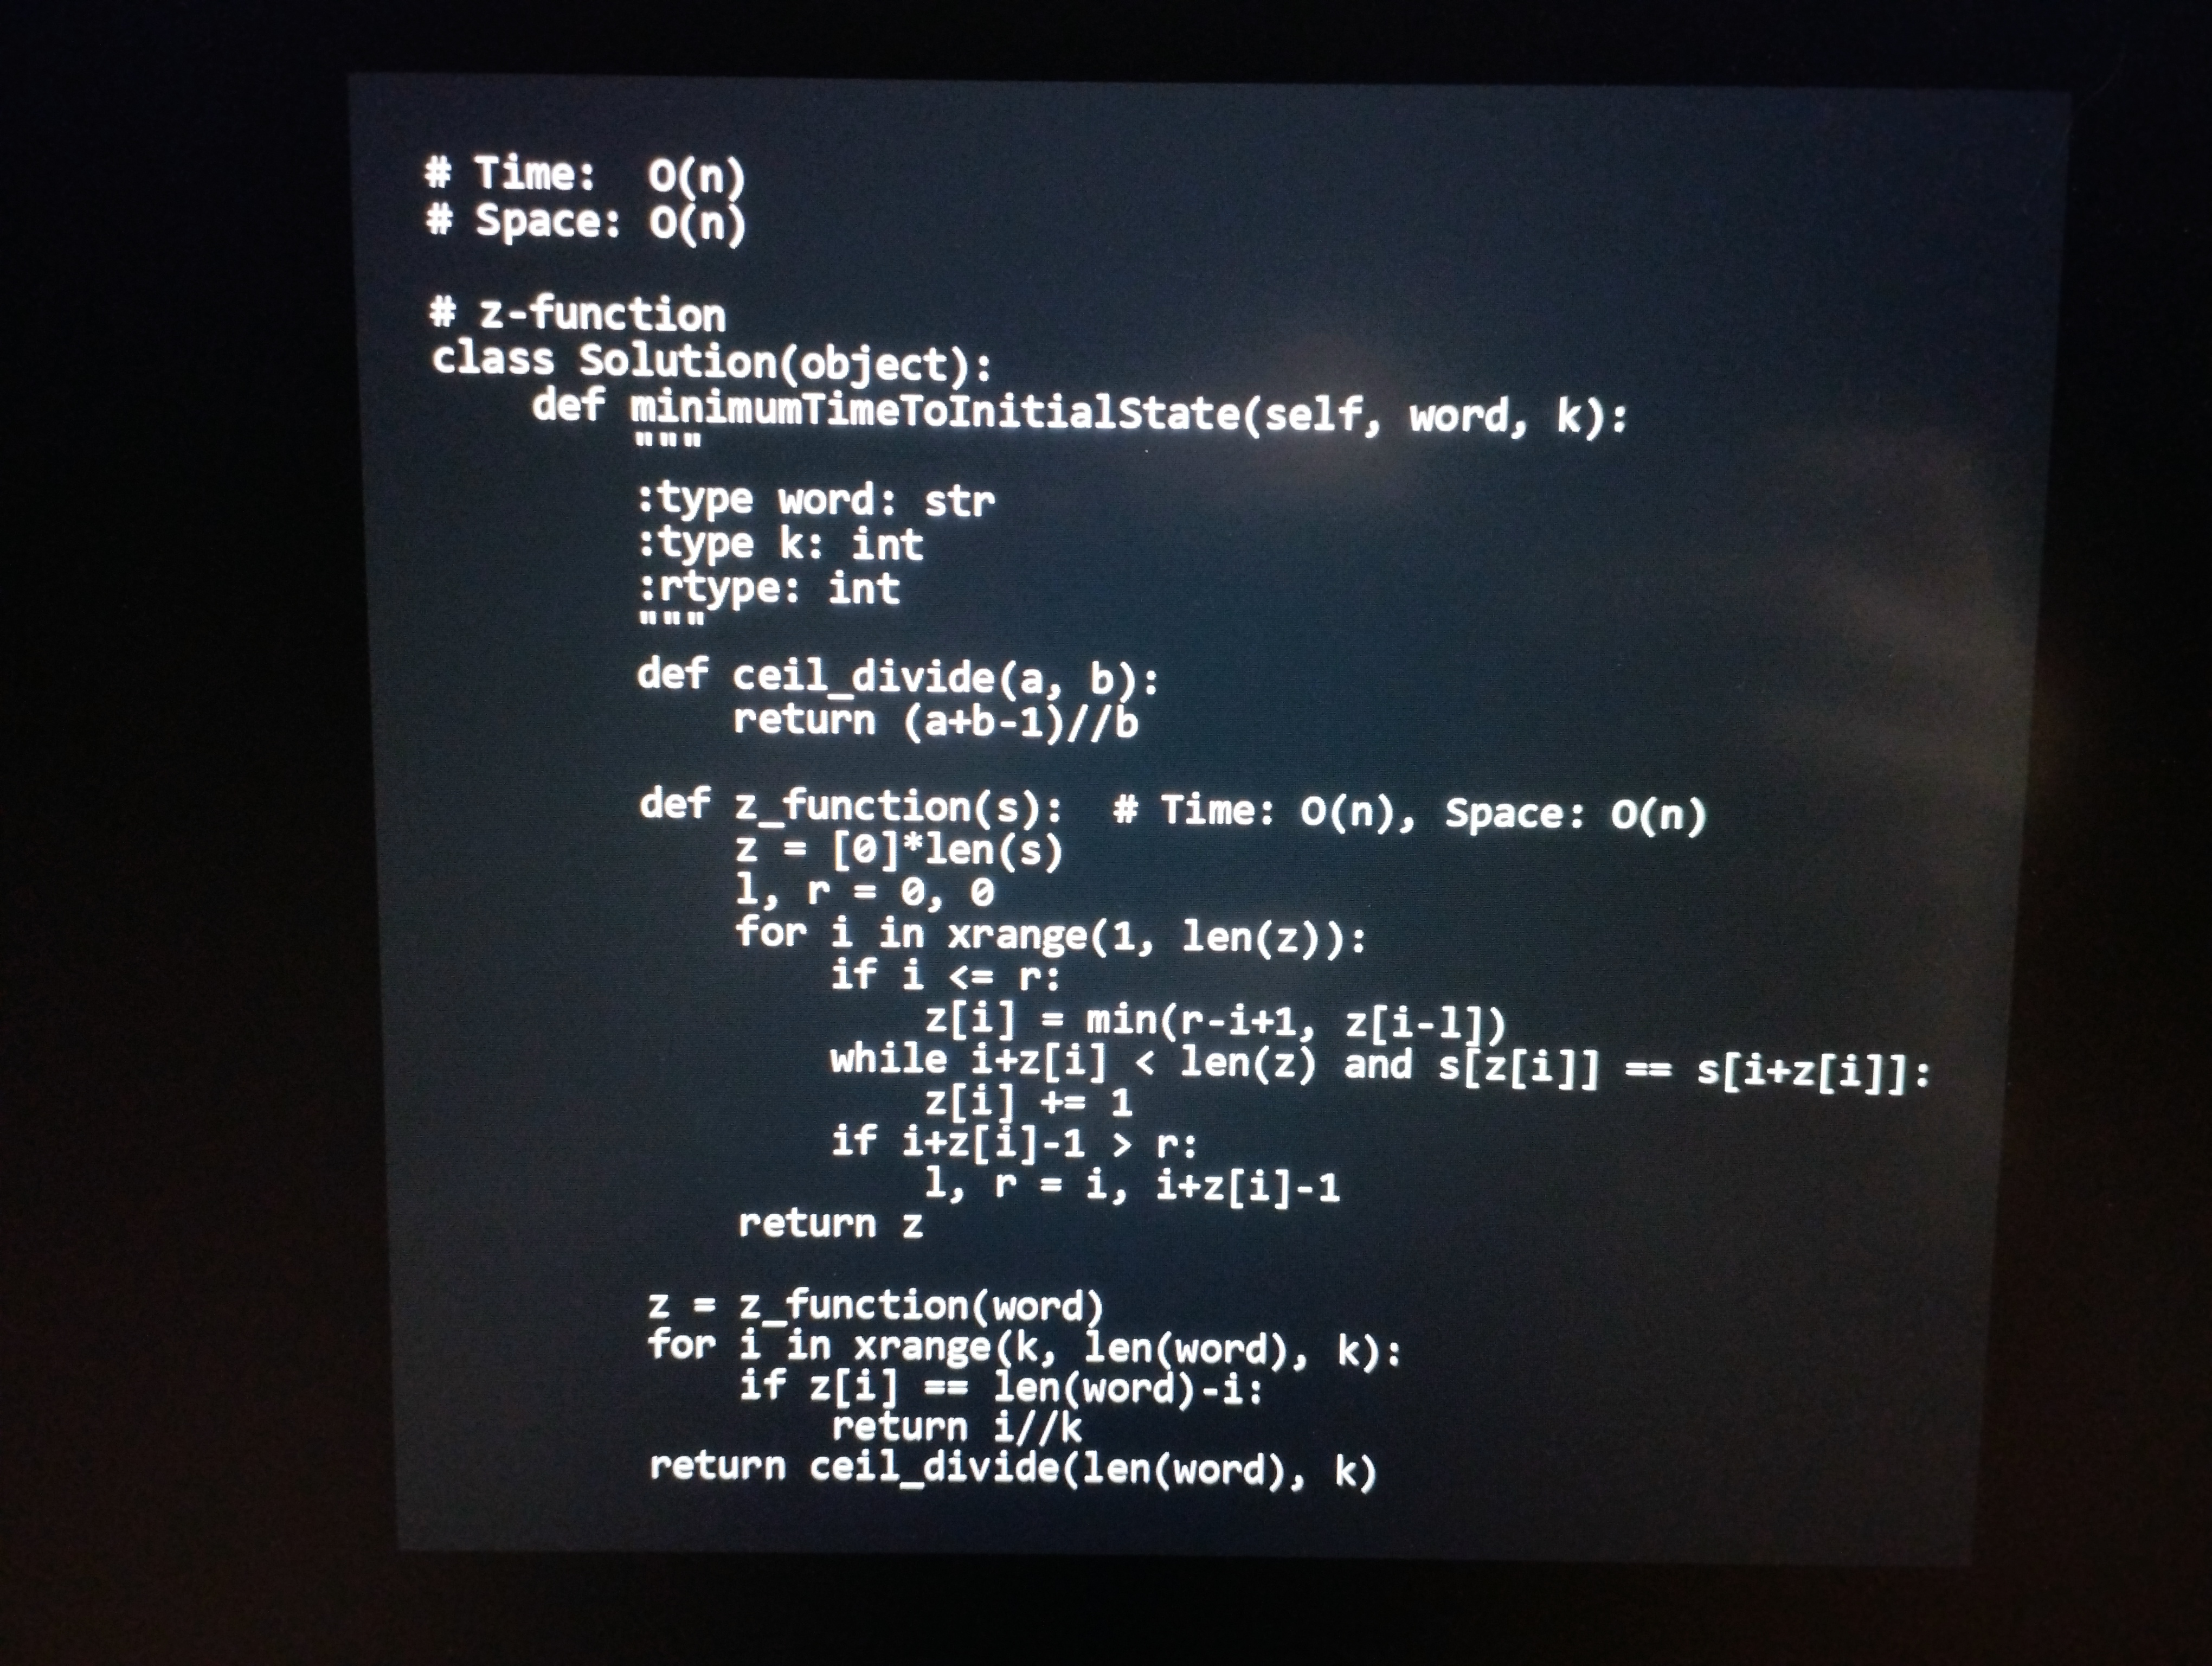
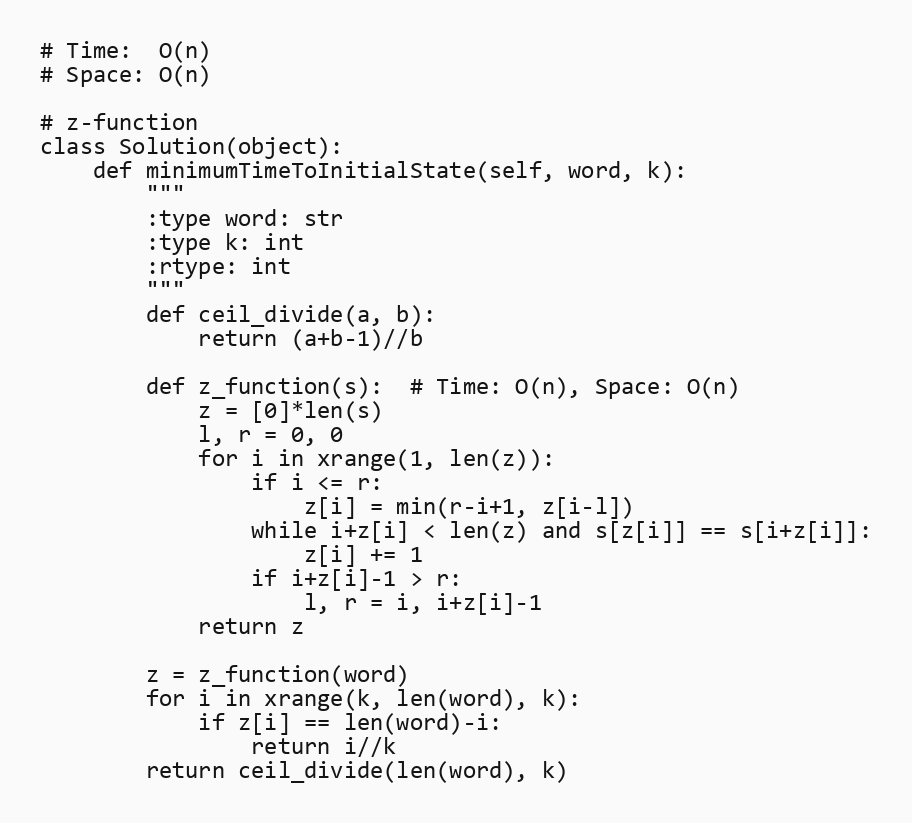
# Time:  O(n)
# Space: O(n)

# z-function
class Solution(object):
    def minimumTimeToInitialState(self, word, k):
        """
        :type word: str
        :type k: int
        :rtype: int
        """
        def ceil_divide(a, b):
            return (a+b-1)//b

        def z_function(s):  # Time: O(n), Space: O(n)
            z = [0]*len(s)
            l, r = 0, 0
            for i in xrange(1, len(z)):
                if i <= r:
                    z[i] = min(r-i+1, z[i-l])
                while i+z[i] < len(z) and s[z[i]] == s[i+z[i]]:
                    z[i] += 1
                if i+z[i]-1 > r:
                    l, r = i, i+z[i]-1
            return z

        z = z_function(word)
        for i in xrange(k, len(word), k):
            if z[i] == len(word)-i:
                return i//k
        return ceil_divide(len(word), k)